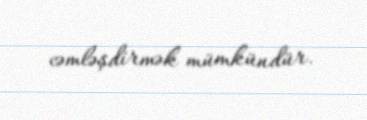
cəmləşdirmək mümkündür.